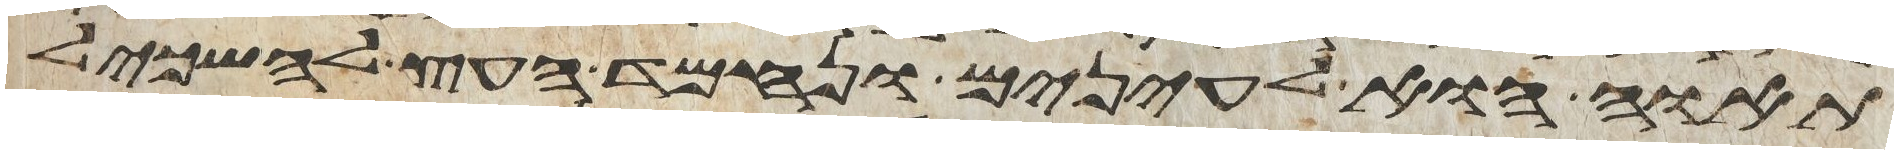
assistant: תאוה הוא לעינים ונחמד העץ להשכיל